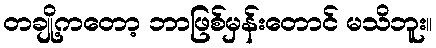
တချို့ကတော့ ဘာဖြစ်မှန်းတောင် မသိဘူး။